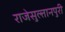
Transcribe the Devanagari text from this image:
राजेसुल्तानपुरी